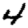
Digit: 4